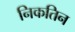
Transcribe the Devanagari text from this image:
निकतिन